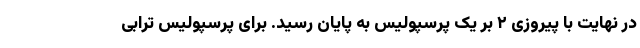
در نهایت با پیروزی ۲ بر یک پرسپولیس به پایان رسید. برای پرسپولیس ترابی